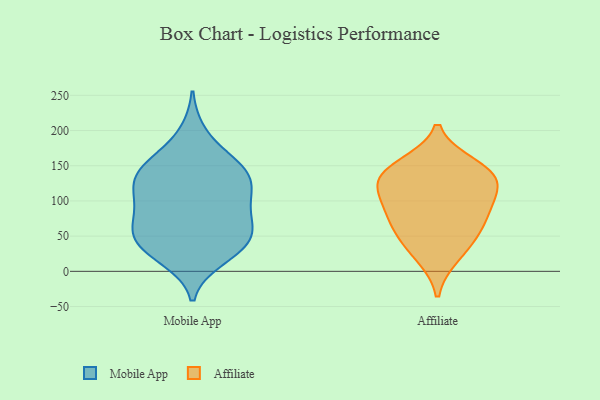
{"axis": {"x": "Active Users", "y": "Value"}, "legend": ["Affiliate", "Mobile App"], "data": [{"x": "", "y": 29, "type": "Mobile App"}, {"x": "", "y": 141, "type": "Mobile App"}, {"x": "", "y": 60, "type": "Mobile App"}, {"x": "", "y": 160, "type": "Mobile App"}, {"x": "", "y": 196, "type": "Mobile App"}, {"x": "", "y": 18, "type": "Mobile App"}, {"x": "", "y": 148, "type": "Mobile App"}, {"x": "", "y": 98, "type": "Mobile App"}, {"x": "", "y": 105, "type": "Mobile App"}, {"x": "", "y": 134, "type": "Mobile App"}, {"x": "", "y": 72, "type": "Mobile App"}, {"x": "", "y": 28, "type": "Mobile App"}, {"x": "", "y": 49, "type": "Mobile App"}, {"x": "", "y": 132, "type": "Mobile App"}, {"x": "", "y": 64, "type": "Mobile App"}, {"x": "", "y": 145, "type": "Mobile App"}, {"x": "", "y": 110, "type": "Mobile App"}, {"x": "", "y": 40, "type": "Mobile App"}, {"x": "", "y": 55, "type": "Mobile App"}, {"x": "", "y": 101, "type": "Mobile App"}, {"x": "", "y": 62, "type": "Affiliate"}, {"x": "", "y": 136, "type": "Affiliate"}, {"x": "", "y": 109, "type": "Affiliate"}, {"x": "", "y": 22, "type": "Affiliate"}, {"x": "", "y": 47, "type": "Affiliate"}, {"x": "", "y": 82, "type": "Affiliate"}, {"x": "", "y": 92, "type": "Affiliate"}, {"x": "", "y": 150, "type": "Affiliate"}, {"x": "", "y": 132, "type": "Affiliate"}, {"x": "", "y": 136, "type": "Affiliate"}]}